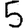
Digit: 5